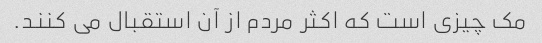
مک چیزی است که اکثر مردم از آن استقبال می کنند.